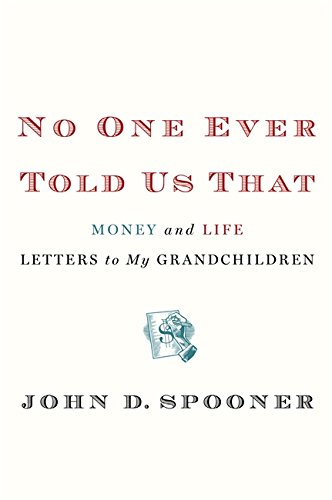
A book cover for No One Ever Told Us That: Money and Life Letters to My Grandchildren; John D. Spooner; Business & Money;